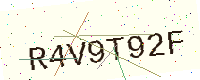
Text: R4V9T92F